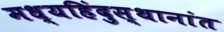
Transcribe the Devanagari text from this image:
मध्यहिंदुस्थानांत